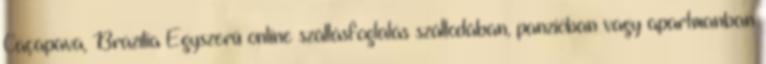
Caçapava, Brazília Egyszerű online szállásfoglalás szállodában, panzióban vagy apartmanban